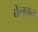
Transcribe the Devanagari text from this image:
बेलवन